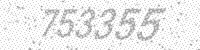
Solution: 753355